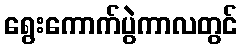
ရွေးကောက်ပွဲကာလတွင်